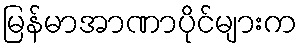
မြန်မာအာဏာပိုင်များက